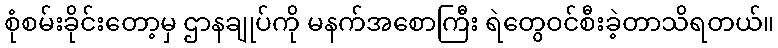
စုံစမ်းခိုင်းတော့မှ ဌာနချုပ်ကို မနက်အစောကြီး ရဲတွေဝင်စီးခဲ့တာသိရတယ်။